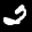
Label: 2